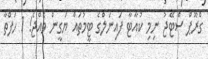
ގްރޫޕް ސްޓޭޖު ނިމި ކުއާޓާ ފައިނަލްގެ ޓީމުތައް ޔަގީން ވެއްޖެ! 1 ހަފްތާ